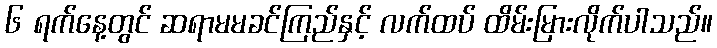
၆ ရက်နေ့တွင် ဆရာမမခင်ကြည်နှင့် လက်ထပ် ထိမ်းမြားလိုက်ပါသည်။